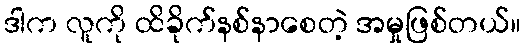
ဒါက လူကို ထိခိုက်နစ်နာစေတဲ့ အမှုဖြစ်တယ်။